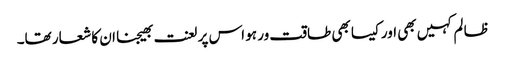
ظا لم کہیں بھی اور کیسا بھی طاقت ور ہو اس پر لعنت بھیجنا ان کا شعار تھا۔